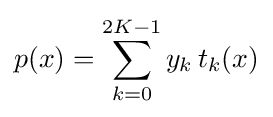
p(x)=\sum _{k=0}^{2K-1}y_{k}\,t_{k}(x)